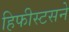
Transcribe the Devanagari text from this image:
हिफीस्टसने